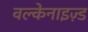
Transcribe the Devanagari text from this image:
वल्केनाइज़्ड